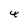
Character: 4